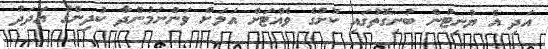
އަދި އެ ޔުނިޓުން ބުނިގޮތުގައި ކުށުގެ ވެއްޓަށް އަލަށް ވަންނަމުންދާ ކުދިންގެ އަދަދު